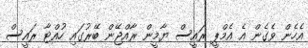
އެހެން ވެގެން އެ އެމްޕީ ރައީސް ޔާމީން ރާއްޖޭން ބޭރުގައި ހުއްޓާ ރައީސް